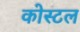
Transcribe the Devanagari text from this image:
कोस्‍टल